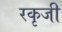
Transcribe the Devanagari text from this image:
रकृजी